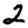
Digit: 2